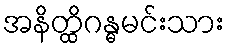
အနိတ္ထိဂန္ဓမင်းသား